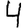
Digit: 4